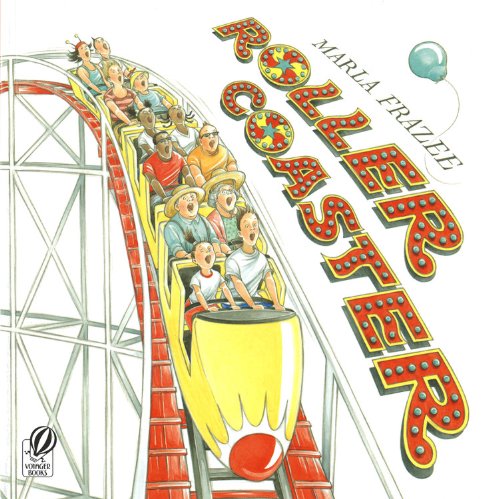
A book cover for Roller Coaster; Marla Frazee; Children's Books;